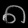
Digit: ၈